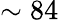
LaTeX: \sim 84